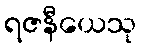
ရဇနီယေသု